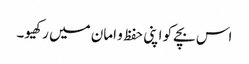
اس بچے کو اپنی حفظ و امان میں رکھیو۔